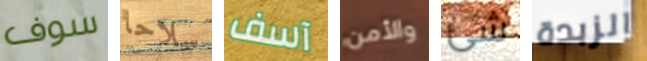
سوف سلاحا آسف والأمن شئ الزبدة